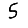
Digit: 5